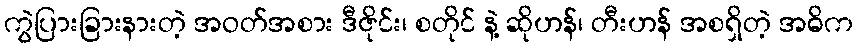
ကွဲပြားခြားနားတဲ့ အဝတ်အစား ဒီဇိုင်း၊ စတိုင် နဲ့ ဆိုဟန်၊ တီးဟန် အစရှိတဲ့ အဓိက